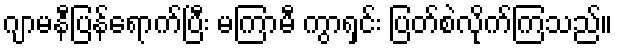
ဂျာမနီပြန်ရောက်ပြီး မကြာမီ ကွာရှင်း ပြတ်စဲလိုက်ကြသည်။